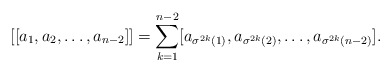
\begin{align*}[[a_1,a_2,\ldots,a_{n-2}]]=\sum_{k=1}^{n-2} [a_{\sigma^{2k}(1)},a_{\sigma^{2k}(2)},\ldots,a_{\sigma^{2k}(n-2)}].\end{align*}